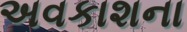
અવકાશના